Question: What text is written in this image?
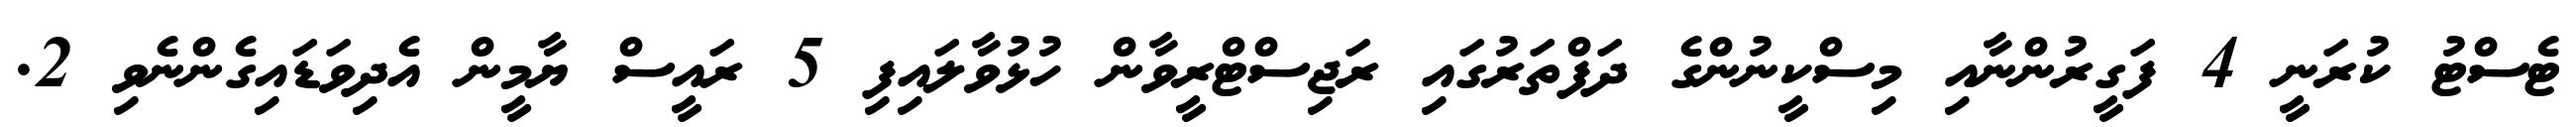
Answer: ޓެސްޓު ކުރަނީ 4 ފަގީރުންނާއި މިސްކީނުންގެ ދަފްތަރުގައި ރަޖިސްޓްރީވާން ހުޅުވާލައިފި 5 ރައީސް ޔާމީން އެދިވަޑައިގެންނެވި 2.